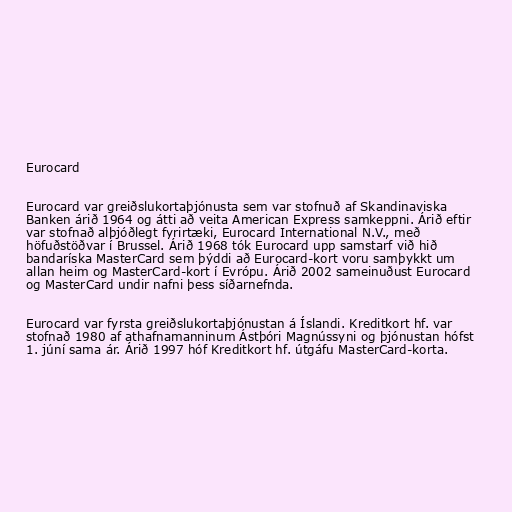
Eurocard

Eurocard var greiðslukortaþjónusta sem var stofnuð af Skandinaviska
Banken árið 1964 og átti að veita American Express samkeppni. Árið eftir
var stofnað alþjóðlegt fyrirtæki, Eurocard International N.V., með
höfuðstöðvar í Brussel. Árið 1968 tók Eurocard upp samstarf við hið
bandaríska MasterCard sem þýddi að Eurocard-kort voru samþykkt um
allan heim og MasterCard-kort í Evrópu. Árið 2002 sameinuðust Eurocard
og MasterCard undir nafni þess síðarnefnda.

Eurocard var fyrsta greiðslukortaþjónustan á Íslandi. Kreditkort hf. var
stofnað 1980 af athafnamanninum Ástþóri Magnússyni og þjónustan hófst
1. júní sama ár. Árið 1997 hóf Kreditkort hf. útgáfu MasterCard-korta.